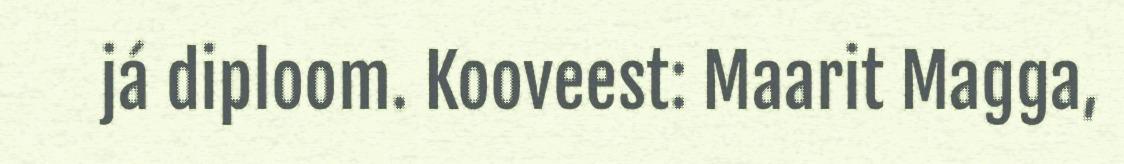
já diploom. Kooveest: Maarit Magga,